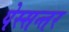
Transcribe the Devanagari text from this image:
पेस्सन्तर